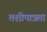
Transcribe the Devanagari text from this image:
तशीपात्रता